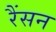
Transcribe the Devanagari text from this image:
रैंसन